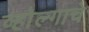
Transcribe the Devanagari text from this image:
व्होल्गाचे